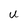
Character: U